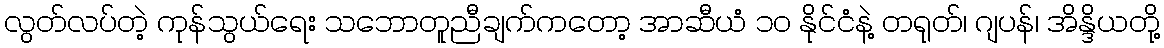
လွတ်လပ်တဲ့ ကုန်သွယ်ရေး သဘောတူညီချက်ကတော့ အာဆီယံ ၁၀ နိုင်ငံနဲ့ တရုတ်၊ ဂျပန်၊ အိန္ဒိယတို့